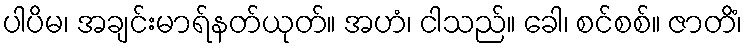
ပါပိမ၊ အချင်းမာရ်နတ်ယုတ်။ အဟံ၊ ငါသည်။ ခေါ၊ စင်စစ်။ ဇာတိံ၊